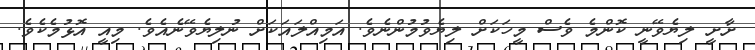
ށާށީ ލިޔެވޭނީ ކޮންމެ ވެސް މީހަކަށް ލިޔެވުމުންނެވެ. އަމިއްލައަކަށް ނުލިޔެވޭނެއެވެ. މިއީ އޮޅުމެކެވެ.